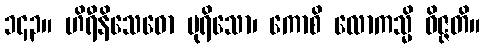
၁၄၃။ ဟိရီနိသေဓော ပုရိသော၊ ကောစိ လောကသ္မိ ဝိဇ္ဇတိ။